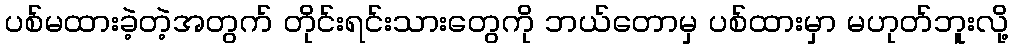
ပစ်မထားခဲ့တဲ့အတွက် တိုင်းရင်းသားတွေကို ဘယ်တောမှ ပစ်ထားမှာ မဟုတ်ဘူးလို့